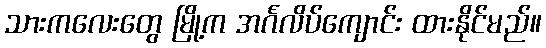
သားကလေးတွေ မြို့က အင်္ဂလိပ်ကျောင်း ထားနိုင်မည်။